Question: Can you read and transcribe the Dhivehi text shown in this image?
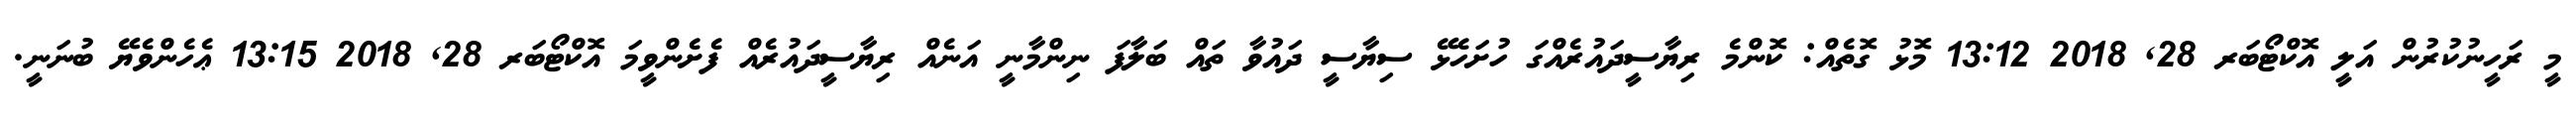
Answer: މީ ރަހީނުކުރުން އަލީ އޮކްޓޯބަރ 28, 2018 13:12 މޮޅު ގޮތެއް: ކޮންމެ ރިޔާސީދައުރެއްގަ ހުށަހެޅޭ ސިޔާސީ ދައުވާ ތައް ބަލާފަ ނިންމާނީ އަނެއް ރިޔާސީދައުރެއް ފެށެންވީމަ އޮކްޓޯބަރ 28, 2018 13:15 ޢެހެންވެޔޭ ބުނަނީ.